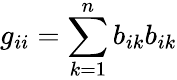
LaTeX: g_{ii}=\sum_{k=1}^{n}b_{ik}b_{ik}